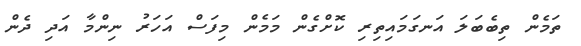
ތަމެން ތިބެބަލަ އަނގަމައިިތިރި ކޮށްގެން މަމެން މިފަސް އަހަރު ނިންމާ އަދި ދެން